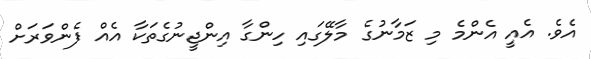
އެވެ. އެއީ އެންމެ މި ޒަމާނުގެ މާލޭގައި ހިންގާ އިންޖީނުގެތަކާ އެއް ފެންވަރަށް